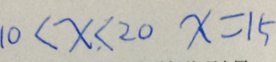
1 0 < x < 2 0 x = 1 5